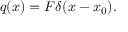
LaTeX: q ( x ) = F \delta ( x - x _ { 0 } ) .